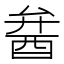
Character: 𨠢